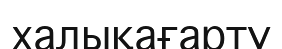
халықағарту